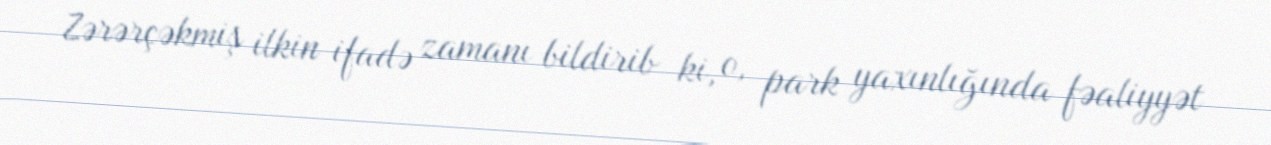
Zərərçəkmiş ilkin ifadə zamanı bildirib ki, o, park yaxınlığında fəaliyyət